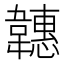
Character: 韢